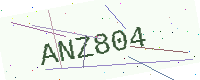
Text: ANZ804